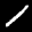
Label: 1